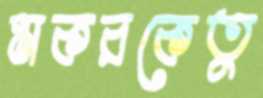
মকরকেতু